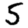
Digit: 5